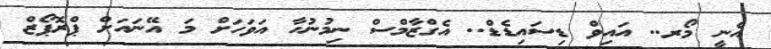
އެނީ މޯރ.. އައިވް ޑިސައިޑެޑް.. އެގްޒާމްސް ނިމުނުހާ އަވަހަށް މަ އޭނައަށް ޕްރޮޕޯޒް